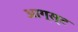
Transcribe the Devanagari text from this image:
आग्‍स्‍ट